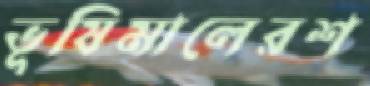
ভূষিমালেরশ